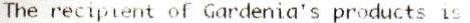
THE RECIPIENT OF GARDENIA'S PRODUCTS IS